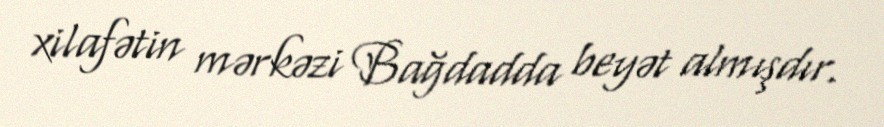
xilafətin mərkəzi Bağdadda beyət almışdır.